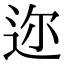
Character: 迩